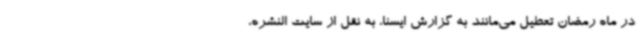
در ماه رمضان تعطیل می‌مانند به گزارش ایسنا، به نقل از سایت النشره،